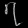
Digit: ၇